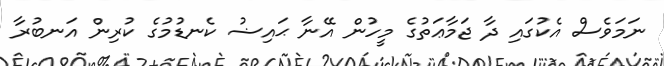
ނަމަވެސް އެކުގައި ދާ ޖަމާޢަތުގެ މީހުން އޭނާ ޙައިޟު ކެނޑުމުގެ ކުރިން އަނބުރާ